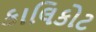
કાલિકોટ